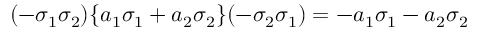
( - \sigma _ { 1 } \sigma _ { 2 } ) \{ a _ { 1 } \sigma _ { 1 } + a _ { 2 } \sigma _ { 2 } \} ( - \sigma _ { 2 } \sigma _ { 1 } ) = - a _ { 1 } \sigma _ { 1 } - a _ { 2 } \sigma _ { 2 }